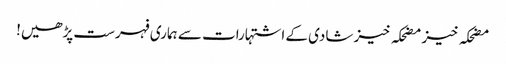
مضحکہ خیز مضحکہ خیز شادی کے اشتہارات سے ہماری فہرست پڑھیں!